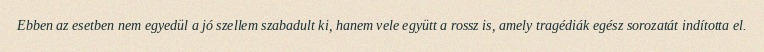
Ebben az esetben nem egyedül a jó szellem szabadult ki, hanem vele együtt a rossz is, amely tragédiák egész sorozatát indította el.